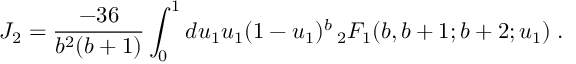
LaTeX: { \cal J } _ { 2 } = \frac { - 3 6 } { b ^ { 2 } ( b + 1 ) } \int _ { 0 } ^ { 1 } d u _ { 1 } u _ { 1 } ( 1 - u _ { 1 } ) ^ { b } \, { } _ { 2 } F _ { 1 } ( b , b + 1 ; b + 2 ; u _ { 1 } ) \; .